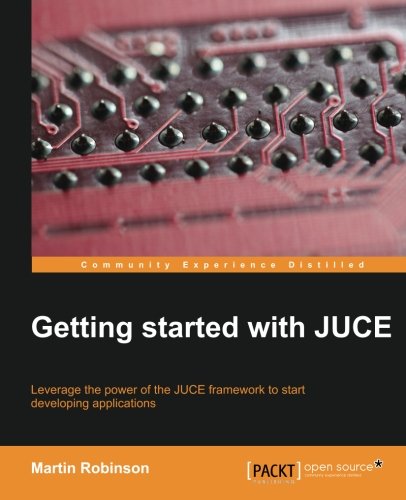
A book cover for Getting Started with JUCE; Martin Robinson; Computers & Technology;